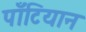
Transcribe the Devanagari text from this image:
पॉँटियान